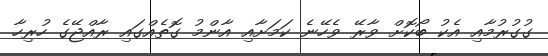
ގުގުރުމާއި އެކު ބޯކޮށް ވާރޭ ވެހޭނެ ކަމަށާއި އާންމު ގޮތެއްގައި ރާއްޖޭގެ ހުރިހާ